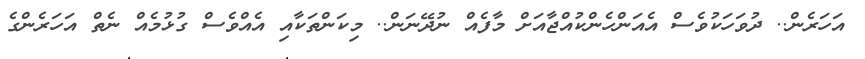
އަހަރެން.. ދުވަހަކުވެސް އެއަންހެންކުއްޖާއަށް މާފެއް ނުދޭނަން.. މިކަންތަކާއި އެއްވެސް ގުޅުމެއް ނެތް އަހަރެންގެ